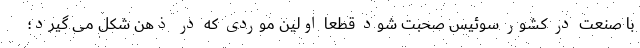
با صنعت در کشور سوئیس صحبت شود قطعا اولین موردی که در ذهن شکل می گیرد؛